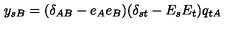
y _ { s B } = ( \delta _ { A B } - e _ { A } e _ { B } ) ( \delta _ { s t } - E _ { s } E _ { t } ) q _ { t A }